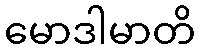
မောဒါမာတိ